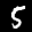
Label: 5